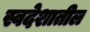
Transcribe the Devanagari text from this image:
स्वदेशातील